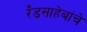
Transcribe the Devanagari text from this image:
रँडसाहेबांचे